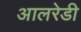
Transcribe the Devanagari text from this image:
आलरेडी